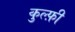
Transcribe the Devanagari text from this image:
कुल्फ़ी